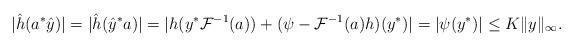
LaTeX: \begin{align*}|\hat h(a^*\hat y)| & =|\hat h(\hat y^*a)|=|h(y^*\mathcal{F}^{-1}(a))+(\psi-\mathcal{F}^{-1}(a)h)(y^*)|=|\psi(y^*)| \leq K \|y\|_\infty.\end{align*}